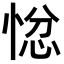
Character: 𭝗